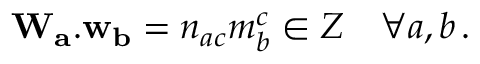
{ \bf W _ { a } . w _ { b } } = n _ { a c } m _ { b } ^ { c } \in { \cal Z } ~ ~ ~ \forall a , b \, .